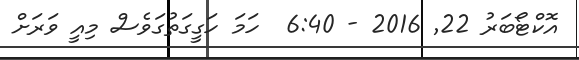
އޮކްޓޯބަރު 22